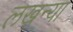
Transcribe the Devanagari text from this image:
लखन्या